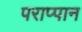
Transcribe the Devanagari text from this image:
पराप्पान